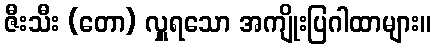
ဇီးသီး (တော) လှူရသော အကျိုးပြဂါထာများ။